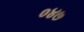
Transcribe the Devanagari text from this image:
०४७